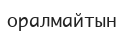
оралмайтын